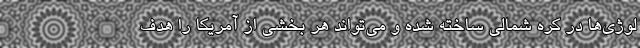
لوژی‌ها در کره شمالی ساخته شده و می‌تواند هر بخشی از آمریکا را هدف